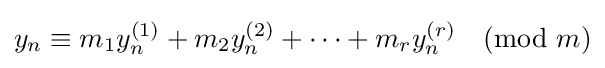
y_{n}\equiv m_{1}y_{n}^{(1)}+m_{2}y_{n}^{(2)}+\dots +m_{r}y_{n}^{(r)}{\pmod {m}}